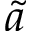
\tilde { a }